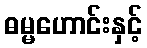
ဓမ္မဟောင်းနှင့်